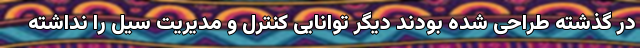
در گذشته طراحی شده بودند دیگر توانایی کنترل و مدیریت سیل را نداشته